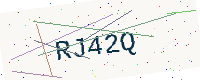
Text: RJ42Q